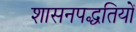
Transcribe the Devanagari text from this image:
शासनपद्धतियों